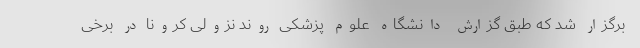
برگزار شد که طبق گزارش دانشگاه علوم پزشکی روند نزولی کرونا در برخی